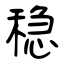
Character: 稳